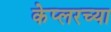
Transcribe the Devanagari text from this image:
केप्लरच्या